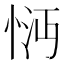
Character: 𢚽